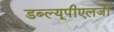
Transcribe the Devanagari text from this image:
डब्ल्यूपीएलजी